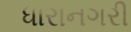
ધારાનગરી